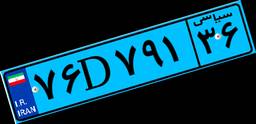
۴۰D۵۶۵۳۷